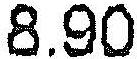
8.90